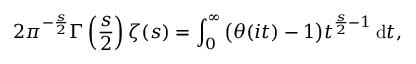
2 \pi ^ { - { \frac { s } { 2 } } } \Gamma \left( { \frac { s } { 2 } } \right) \zeta ( s ) = \int _ { 0 } ^ { \infty } { \bigl ( } \theta ( i t ) - 1 { \bigr ) } t ^ { { \frac { s } { 2 } } - 1 } \, \mathrm { d } t ,